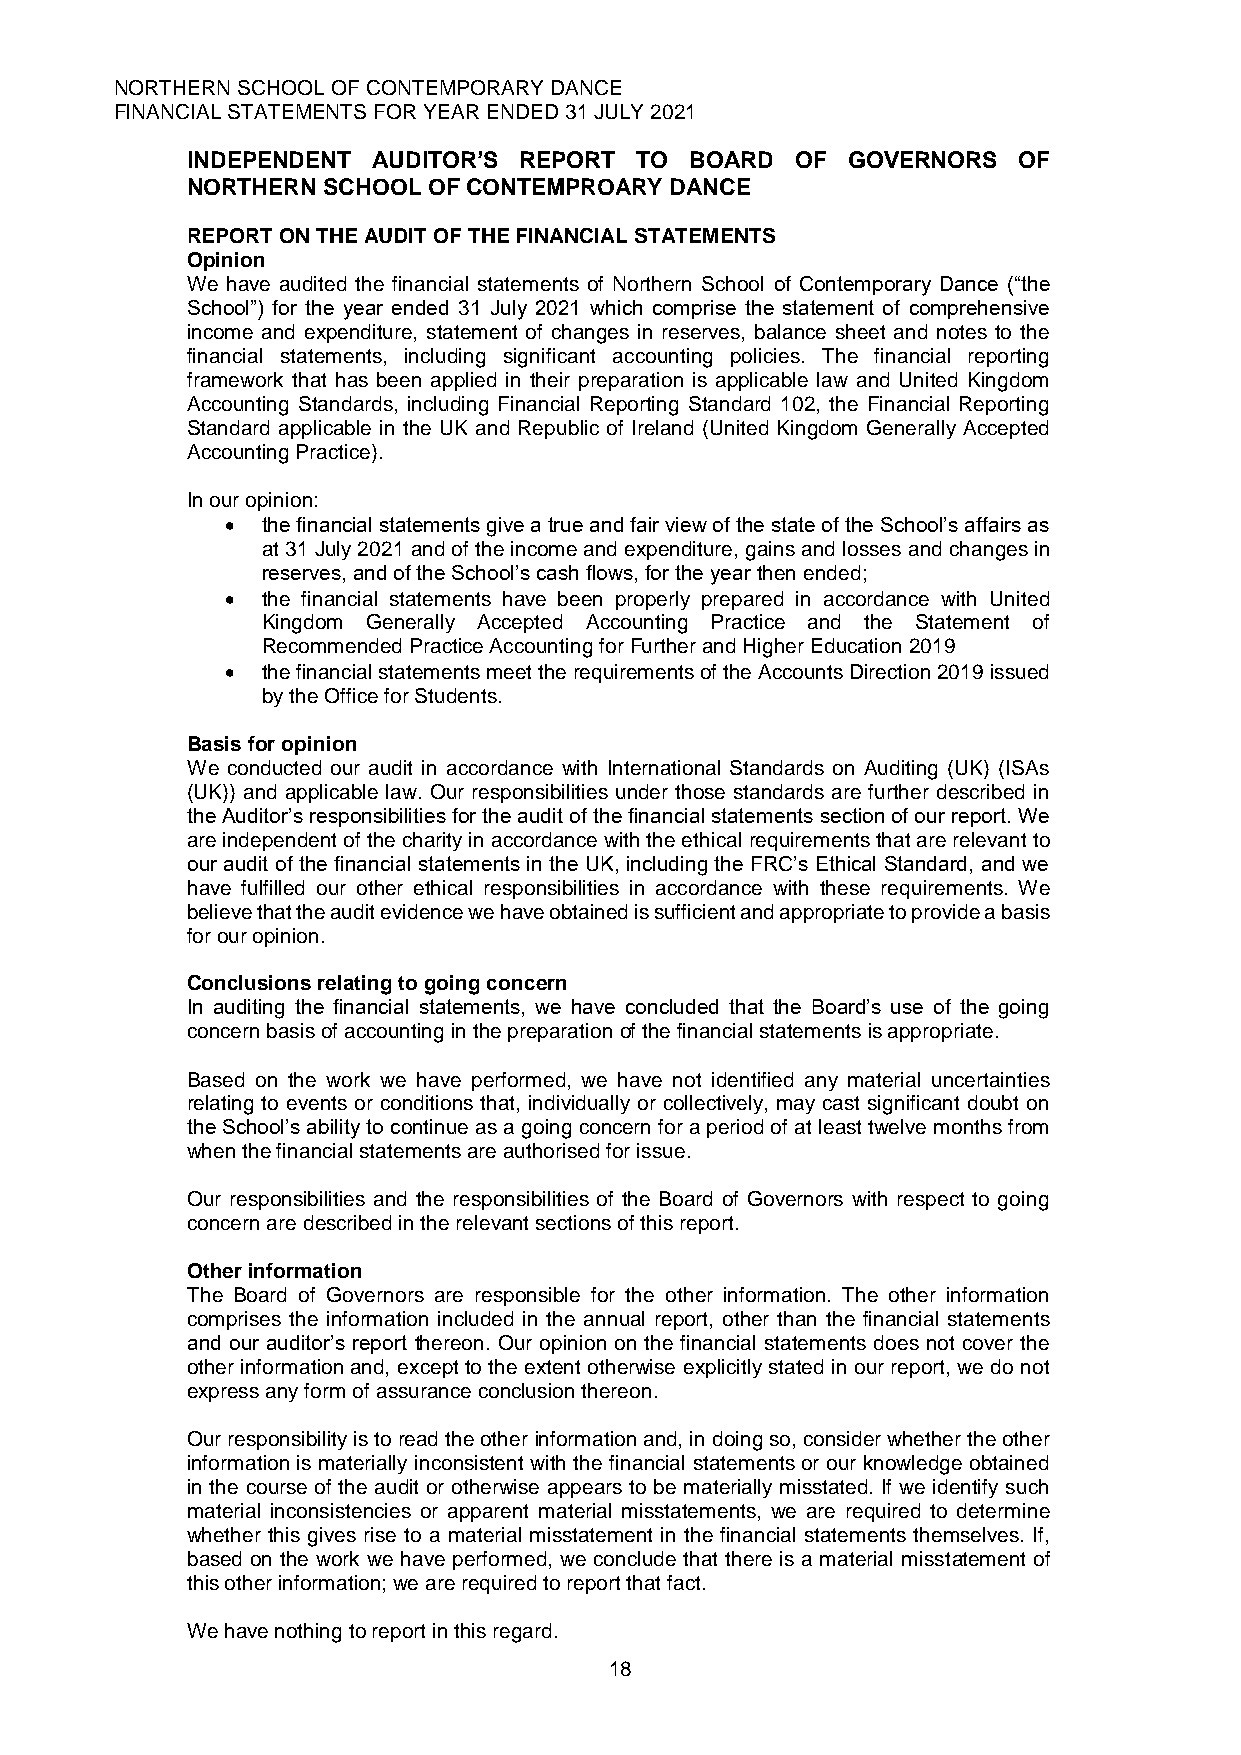
NORTHERN SCHOOL OF CONTEMPORARY DANCE
 FINANCIAL STATEMENTS FOR YEAR ENDED 31 JULY 2021
 INDEPENDENT  AUDITOR’S REPORT TO  BOARD  OF GOVERNORS  OF
 NORTHERN SCHOOL OF CONTEMPROARY DANCE
 REPORT ON THE AUDIT OF THE FINANCIAL STATEMENTS
 Opinion
 We have audited the financial statements of Northern School of Contemporary Dance (“the
 School”) for the year ended 31 July 2021 which comprise the statement of comprehensive
 income and expenditure, statement of changes in reserves, balance sheet and notes to the
 financial statements, including significant accounting policies. The financial reporting
 framework that has been applied in their preparation is applicable law and United Kingdom
 Accounting Standards, including Financial Reporting Standard 102, the Financial Reporting
 Standard applicable in the UK and Republic of Ireland (United Kingdom Generally Accepted
 Accounting Practice).
 In our opinion:
 • the financial statements give a true and fair view of the state of the School’s affairs as
 at 31 July 2021 and of the income and expenditure, gains and losses and changes in
 reserves, and of the School’s cash flows, for the year then ended;
 • the financial statements have been properly prepared in accordance with United
 Kingdom Generally Accepted Accounting Practice and the Statement of
 Recommended Practice Accounting for Further and Higher Education 2019
 • the financial statements meet the requirements of the Accounts Direction 2019 issued
 by the Office for Students.
 Basis for opinion
 We conducted our audit in accordance with International Standards on Auditing (UK) (ISAs
 (UK)) and applicable law. Our responsibilities under those standards are further described in
 the Auditor’s responsibilities for the audit of the financial statements section of our report. We
 are independent of the charity in accordance with the ethical requirements that are relevant to
 our audit of the financial statements in the UK, including the FRC’s Ethical Standard, and we
 have fulfilled our other ethical responsibilities in accordance with these requirements. We
 believe that the audit evidence we have obtained is sufficient and appropriate to provide a basis
 for our opinion.
 Conclusions relating to going concern
 In auditing the financial statements, we have concluded that the Board’s use of the going
 concern basis of accounting in the preparation of the financial statements is appropriate.
 Based on the work we have performed, we have not identified any material uncertainties
 relating to events or conditions that, individually or collectively, may cast significant doubt on
 the School’s ability to continue as a going concern for a period of at least twelve months from
 when the financial statements are authorised for issue.
 Our responsibilities and the responsibilities of the Board of Governors with respect to going
 concern are described in the relevant sections of this report.
 Other information
 The Board of Governors are responsible for the other information. The other information
 comprises the information included in the annual report, other than the financial statements
 and our auditor’s report thereon. Our opinion on the financial statements does not cover the
 other information and, except to the extent otherwise explicitly stated in our report, we do not
 express any form of assurance conclusion thereon.
 Our responsibility is to read the other information and, in doing so, consider whether the other
 information is materially inconsistent with the financial statements or our knowledge obtained
 in the course of the audit or otherwise appears to be materially misstated. If we identify such
 material inconsistencies or apparent material misstatements, we are required to determine
 whether this gives rise to a material misstatement in the financial statements themselves. If,
 based on the work we have performed, we conclude that there is a material misstatement of
 this other information; we are required to report that fact.
 We have nothing to report in this regard.
 18